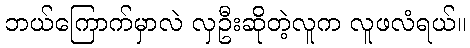
ဘယ်ကြောက်မှာလဲ လှဦးဆိုတဲ့လူက လူဖလံရယ်။